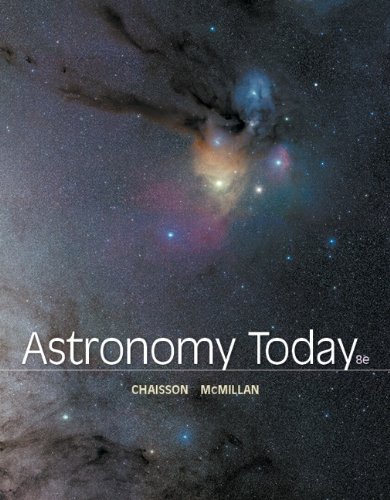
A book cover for Astronomy Today (8th Edition); Eric Chaisson; Science & Math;